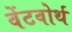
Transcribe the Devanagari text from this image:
वेंटवोर्थ